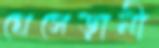
ঘেসেড়ানী